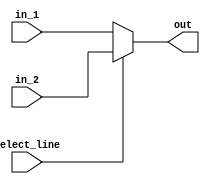
`timescale 1ns / 1ps
//////////////////////////////////////////////////////////////////////////////////
// Company: 
// Engineer: 
// 
// Design Name: 
// Module Name:    two_to_one_mux_sixteen_bit 
// Project Name: 
// Target Devices: 
// Tool versions: 
// Description: 
//
// Dependencies: 
//
// Revision: 
// Revision 0.01 - File Created
// Additional Comments: 
//
//////////////////////////////////////////////////////////////////////////////////
module two_to_one_mux_sixteen_bit(
    input [15:0] in_1,
    input [15:0] in_2,
    input select_line,
    output [15:0] out
    );
	 assign out = (select_line==0)?in_1:in_2;
endmodule